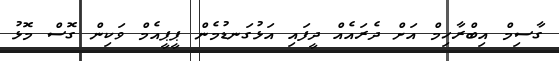
ގާސިމް އިބްރާހިމް އަށް ދެރައެއް ދީފައި އަޅުގަނޑުމެން ޕީޕީއެމް ވަކިން ގޮސް މޮޅު